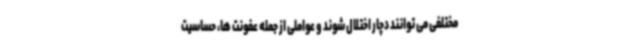
مختلفی می توانند دچار اختلال شوند و عواملی از جمله عفونت ها، حساسیت